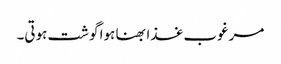
مرغوب غذا بھنا ہوا گوشت ہوتی۔